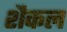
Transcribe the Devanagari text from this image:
शैकल